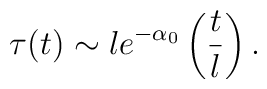
\tau(t) \sim l e^{-\alpha_0} \left(\frac{t}{l}\right),